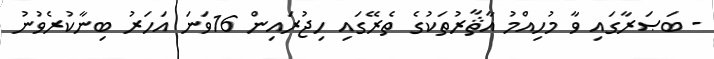
- ބަޞަރާގައި ވާ މުހިއްމު އާޘާރުތަކުގެ ތެރޭގައި ހިޖުރައިން 16ވަނަ އަހަރު ބިނާކުރެވުނު